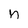
Character: n